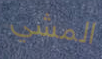
المشي